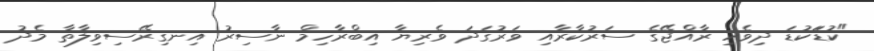
"ކުޑަަކުޑަ ދިވެހި ރާއްޖޭގެ ސަރުކާރާއި ވަރުގަދަ ވެރިޔާ އިބްރާހިމް ނާސިރު އިނގިރޭސިވިލާތާ މެދު